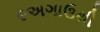
૯અગાઉથી